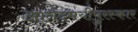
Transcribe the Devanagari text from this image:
आनंदमयीपुरस्कार